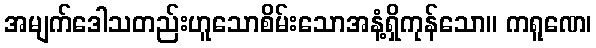
အမျက်ဒေါသတည်းဟူသောစိမ်းသောအနံ့ရှိကုန်သော။ ကရူဏေ၊